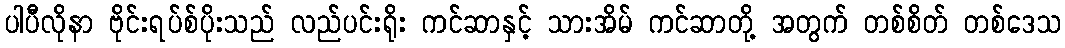
ပါပီလိုနာ ဗိုင်းရပ်စ်ပိုးသည် လည်ပင်းရိုး ကင်ဆာနှင့် သားအိမ် ကင်ဆာတို့ အတွက် တစ်စိတ် တစ်ဒေသ